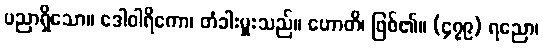
ပညာရှိသော။ ဒေါဝါရိကော၊ တံခါးမှူးသည်။ ဟောတိ၊ ဖြစ်၏။ (၄၇၉) ရညော၊